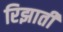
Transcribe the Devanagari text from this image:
रिझाती